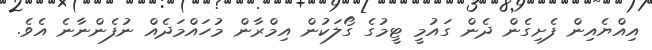
އިއްޔެއިން ފެށިގެން ދެން ގައުމީ ޓީމުގެ ގޯލަކުން އިމްރާން މުހައްމަދެއް ނުފެންނާނެ އެވެ.